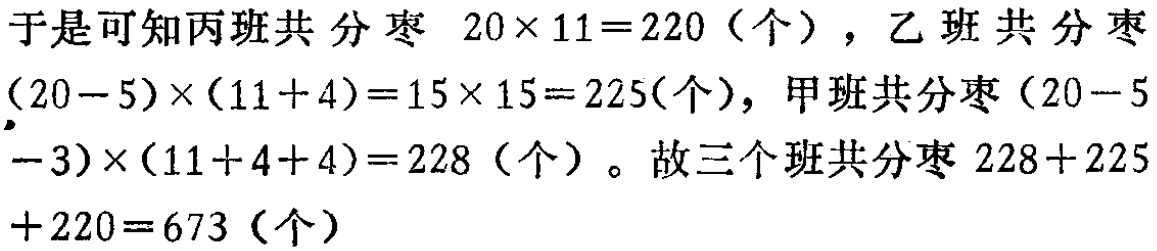
于是可知丙班共分枣 \(20\times 11 = 220\)（个），乙班共分枣\((20 - 5)\times(11 + 4)=15\times 15 = 225\)(个)，甲班共分枣\((20 - 5-3)\times(11 + 4 + 4)=228\)（个）。故三个班共分枣 \(228 + 225+220 = 673\)（个）